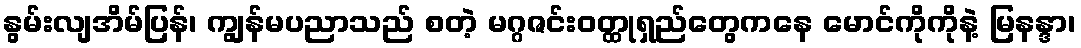
နွမ်းလျအိမ်ပြန်၊ ကျွန်မပညာသည် စတဲ့ မဂ္ဂဇင်းဝတ္ထုရှည်တွေကနေ မောင်ကိုကိုနဲ့ မြနန္ဒာ၊